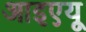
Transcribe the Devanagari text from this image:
आइएयू